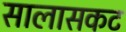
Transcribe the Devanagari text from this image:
सालासकट